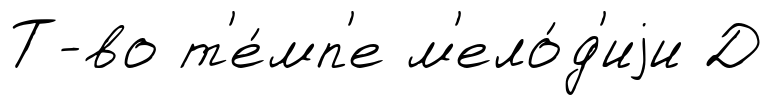
Т-во т'е́мп'е м'ело́д'иjи Д